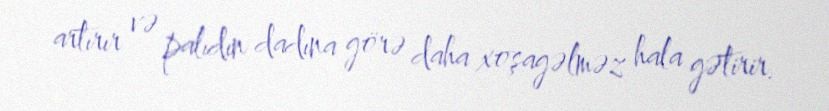
artırır və palıdın dadına görə daha xoşagəlməz hala gətirir.